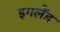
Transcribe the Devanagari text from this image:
इगलैंड